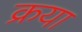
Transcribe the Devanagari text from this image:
क्रया